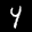
Label: 4